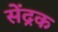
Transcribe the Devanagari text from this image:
सेंद्रक